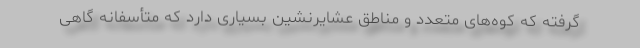
گرفته که کوه‌های متعدد و مناطق عشایرنشین بسیاری دارد که متأسفانه گاهی